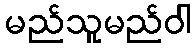
မည်သူမည်ဝါ